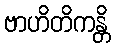
ဗာဟိတိကန္တိ